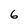
Character: 6